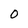
Character: O